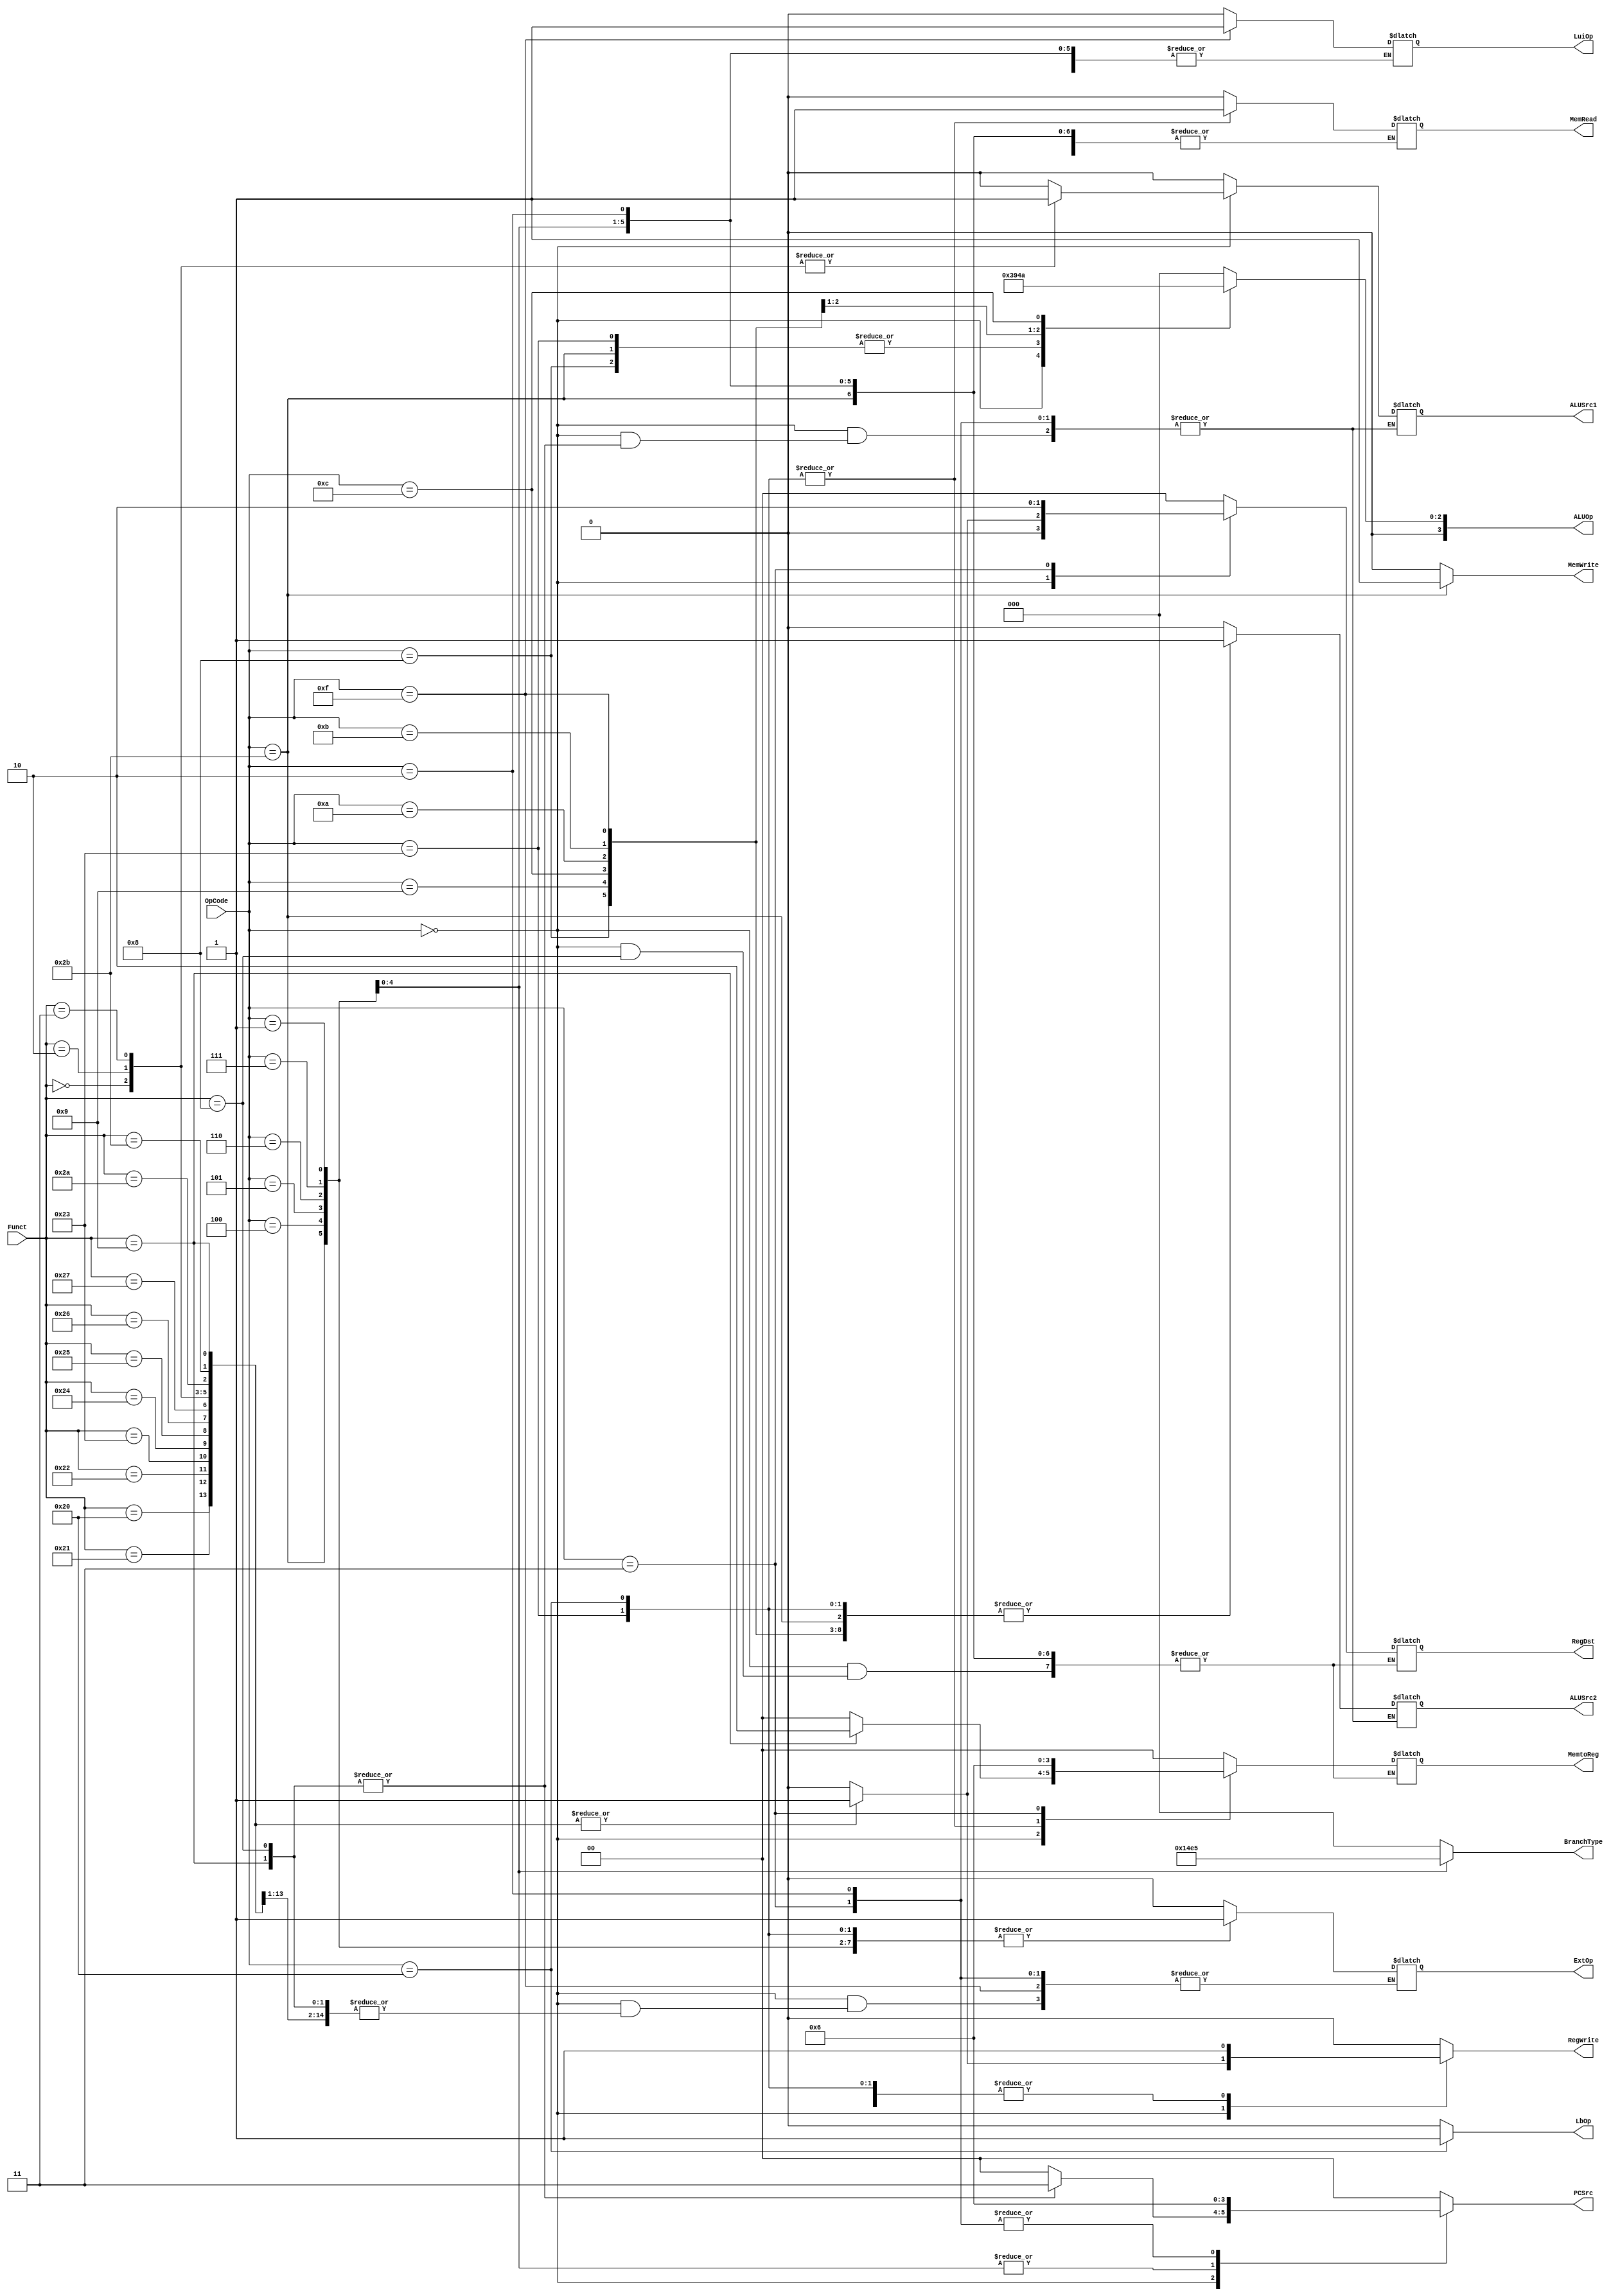

module Controller(OpCode, Funct,
                  PCSrc, BranchType, RegWrite, RegDst, 
                  MemRead, MemWrite, MemtoReg, 
                  ALUSrc1, ALUSrc2, ExtOp, LuiOp,ALUOp,LbOp);
    input [5:0] OpCode;
	input [5:0] Funct;
	output reg [1:0] PCSrc;
	output reg [2:0] BranchType;
	output reg RegWrite;
	output reg [1:0] RegDst;
	output reg MemRead;
	output reg MemWrite;
	output reg [1:0] MemtoReg;
	output reg ALUSrc1;
	output reg ALUSrc2;
	output reg ExtOp;
	output reg LuiOp;
	output reg LbOp;
    output reg [3:0] ALUOp;

initial begin
			PCSrc=2'b00;
			BranchType=3'b0;
			RegWrite=1'b0;
			RegDst=2'b00;
			MemRead=1'b0;
			MemWrite=1'b0;
			MemtoReg=2'b00;
			ALUSrc1=1'b0;
			ALUSrc2=1'b0;
			ExtOp=1'b0;
			LuiOp=1'b0;	
			LbOp=1'b0;
	end
	always @(*) begin
   		 case(OpCode)
			6'h00:begin
				case(Funct)
				//add
				6'h20:begin
					PCSrc=2'b00;
					BranchType=3'b0;
					RegWrite=1'b1;
					RegDst=2'b01;
					//MemRead=1'b0;
					MemWrite=1'b0;
					MemtoReg=2'b00;
					ALUSrc1=1'b0;
					ALUSrc2=1'b0;
					//ExtOp=1'b0;
					//LuiOp=1'b1;
					LbOp=1'b0;
					end
				//addu
				6'h21:begin
					PCSrc=2'b00;
					BranchType=3'b0;
					RegWrite=1'b1;
					RegDst=2'b01;
					//MemRead=1'b0;
					MemWrite=1'b0;
					MemtoReg=2'b00;
					ALUSrc1=1'b0;
					ALUSrc2=1'b0;
					//ExtOp=1'b0;
					//LuiOp=1'b0;
					LbOp=1'b0;
					end
				//sub
				6'h22:begin
					PCSrc=2'b00;
					BranchType=3'b0;
					RegWrite=1'b1;
					RegDst=2'b01;
					//MemRead=1'b0;
					MemWrite=1'b0;
					MemtoReg=2'b00;
					ALUSrc1=1'b0;
					ALUSrc2=1'b0;
					//ExtOp=1'b0;
					//LuiOp=1'b0;
					LbOp=1'b0;
					end
				//subu
				6'h23:begin
					PCSrc=2'b00;
					BranchType=3'b0;
					RegWrite=1'b1;
					RegDst=2'b01;
					//MemRead=1'b0;
					MemWrite=1'b0;
					MemtoReg=2'b00;
					ALUSrc1=1'b0;
					ALUSrc2=1'b0;
					//ExtOp=1'b0;
					//LuiOp=1'b0;
					LbOp=1'b0;
					end
				//and
				6'h24:begin
					PCSrc=2'b00;
					BranchType=3'b0;
					RegWrite=1'b1;
					RegDst=2'b01;
					//MemRead=1'b0;
					MemWrite=1'b0;
					MemtoReg=2'b00;
					ALUSrc1=1'b0;
					ALUSrc2=1'b0;
					//ExtOp=1'b0;
					//LuiOp=1'b0;
					LbOp=1'b0;
					end
				//or
				6'h25:begin
					PCSrc=2'b00;
					BranchType=3'b0;
					RegWrite=1'b1;
					RegDst=2'b01;
					//MemRead=1'b0;
					MemWrite=1'b0;
					MemtoReg=2'b00;
					ALUSrc1=1'b0;
					ALUSrc2=1'b0;
					//ExtOp=1'b0;
					//LuiOp=1'b0;
					LbOp=1'b0;
					end
				//xor
				6'h26:begin
					PCSrc=2'b00;
					BranchType=3'b0;
					RegWrite=1'b1;
					RegDst=2'b01;
					//MemRead=1'b0;
					MemWrite=1'b0;
					MemtoReg=2'b00;
					ALUSrc1=1'b0;
					ALUSrc2=1'b0;
					//ExtOp=1'b0;
					//LuiOp=1'b0;
					LbOp=1'b0;
					end
				//nor
				6'h27:begin
					PCSrc=2'b00;
					BranchType=3'b0;
					RegWrite=1'b1;
					RegDst=2'b01;
					//MemRead=1'b0;
					MemWrite=1'b0;
					MemtoReg=2'b00;
					ALUSrc1=1'b0;
					ALUSrc2=1'b0;
					//ExtOp=1'b0;
					//LuiOp=1'b0;
					LbOp=1'b0;
					end
				//sll
				6'h00:begin
					PCSrc=2'b00;
					BranchType=3'b0;
					RegWrite=1'b1;
					RegDst=2'b01;
					//MemRead=1'b0;
					MemWrite=1'b0;
					MemtoReg=2'b00;
					ALUSrc1=1'b1;
					ALUSrc2=1'b0;
					//ExtOp=1'b0;
					//LuiOp=1'b0;
					LbOp=1'b0;
					end
				//srl
				6'h02:begin
					PCSrc=2'b00;
					BranchType=3'b0;
					RegWrite=1'b1;
					RegDst=2'b01;
					//MemRead=1'b0;
					MemWrite=1'b0;
					MemtoReg=2'b00;
					ALUSrc1=1'b1;
					ALUSrc2=1'b0;
					//ExtOp=1'b0;
					//LuiOp=1'b0;
					LbOp=1'b0;
					end
				//sra
				6'h03:begin
					PCSrc=2'b00;
					BranchType=3'b0;
					RegWrite=1'b1;
					RegDst=2'b01;
					//MemRead=1'b0;
					MemWrite=1'b0;
					MemtoReg=2'b00;
					ALUSrc1=1'b1;
					ALUSrc2=1'b0;
					//ExtOp=1'b0;
					//LuiOp=1'b0;
					LbOp=1'b0;
					end
				//slt
				6'h2a:begin
					PCSrc=2'b00;
					BranchType=3'b0;
					RegWrite=1'b1;
					RegDst=2'b01;
					//MemRead=1'b0;
					MemWrite=1'b0;
					MemtoReg=2'b00;
					ALUSrc1=1'b0;
					ALUSrc2=1'b0;
					//ExtOp=1'b0;
					//LuiOp=1'b0;
					LbOp=1'b0;
					end
				//sltu
				6'h2b:begin
					PCSrc=2'b00;
					BranchType=3'b0;
					RegWrite=1'b1;
					RegDst=2'b01;
					//MemRead=1'b0;
					MemWrite=1'b0;
					MemtoReg=2'b00;
					ALUSrc1=1'b0;
					ALUSrc2=1'b0;
					//ExtOp=1'b0;
					//LuiOp=1'b0;
					LbOp=1'b0;
					end
				//jr
				6'h08:begin
					PCSrc=2'b11;
					BranchType=3'b0;
					RegWrite=1'b0;
					//RegDst=2'b00;
					//MemRead=1'b0;
					MemWrite=1'b0;
					//MemtoReg=2'b00;
					//ALUSrc1=1'b0;
					//ALUSrc2=1'b0;
					//ExtOp=1'b0;
					//LuiOp=1'b0;
					LbOp=1'b0;
					end
				//jalr
				6'h09:begin
					PCSrc=2'b11;
					BranchType=3'b0;
					RegWrite=1'b1;
					RegDst=2'b01;
					//MemRead=1'b0;
					MemWrite=1'b0;
					MemtoReg=2'b10;
					//ALUSrc1=1'b0;
					//ALUSrc2=1'b0;
					//ExtOp=1'b0;
					//LuiOp=1'b0;
					LbOp=1'b0;
					end
                 default:begin
                   PCSrc=2'b00;
                   BranchType=3'b0;
                   RegWrite=1'b0;
                   RegDst=2'b00;
                   MemRead=1'b0;
                   MemWrite=1'b0;
                   MemtoReg=2'b00;
                   ALUSrc1=1'b0;
                   ALUSrc2=1'b0;
                   ExtOp=1'b0;
                   LuiOp=1'b0;
                   LbOp=1'b0;
                end					
				endcase
				end
			//lw
			6'h23:begin
					PCSrc=2'b00;
					BranchType=3'b0;
					RegWrite=1'b1;
					RegDst=2'b00;
					MemRead=1'b1;
					MemWrite=1'b0;
					MemtoReg=2'b01;
					ALUSrc1=1'b0;
					ALUSrc2=1'b1;
					ExtOp=1'b1;
					LuiOp=1'b0;
					LbOp=1'b0;
				end
			//lb
			6'h20:begin
					PCSrc=2'b00;
					BranchType=3'b0;
					RegWrite=1'b1;
					RegDst=2'b00;
					MemRead=1'b1;
					MemWrite=1'b0;
					MemtoReg=2'b01;
					ALUSrc1=1'b0;
					ALUSrc2=1'b1;
					ExtOp=1'b1;
					LuiOp=1'b0;
					LbOp=1'b1;
				end
			//sw
			6'h2b:begin
					PCSrc=2'b00;
					BranchType=3'b0;
					RegWrite=1'b0;
					//RegDst=2'b01;
					//MemRead=1'b0;
					MemWrite=1'b1;
					//MemtoReg=2'b00;
					ALUSrc1=1'b0;
					ALUSrc2=1'b1;
					ExtOp=1'b1;
					LuiOp=1'b0;
					LbOp=1'b0;
				end
			//addi
			6'h08:begin
					PCSrc=2'b00;
					BranchType=3'b0;
					RegWrite=1'b1;
					RegDst=2'b00;
					//MemRead=1'b0;
					MemWrite=1'b0;
					MemtoReg=2'b00;
					ALUSrc1=1'b0;
					ALUSrc2=1'b1;
					ExtOp=1'b1;
					LuiOp=1'b0;
					LbOp=1'b0;
				end
			//addiu
			6'h09:begin
					PCSrc=2'b00;
					BranchType=3'b0;
					RegWrite=1'b1;
					RegDst=2'b00;
					//MemRead=1'b0;
					MemWrite=1'b0;
					MemtoReg=2'b00;
					ALUSrc1=1'b0;
					ALUSrc2=1'b1;
					ExtOp=1'b1;
					LuiOp=1'b0;
					LbOp=1'b0;
				end
			//andi
			6'h0c:begin
					PCSrc=2'b00;
					BranchType=3'b0;
					RegWrite=1'b1;
					RegDst=2'b00;
					//MemRead=1'b0;
					MemWrite=1'b0;
					MemtoReg=2'b00;
					ALUSrc1=1'b0;
					ALUSrc2=1'b1;
					ExtOp=1'b0;
					LuiOp=1'b0;
					LbOp=1'b0;
				end
			//slti
			6'h0a:begin
					PCSrc=2'b00;
					BranchType=3'b0;
					RegWrite=1'b1;
					RegDst=2'b00;
					//MemRead=1'b0;
					MemWrite=1'b0;
					MemtoReg=2'b00;
					ALUSrc1=1'b0;
					ALUSrc2=1'b1;
					ExtOp=1'b1;
					LuiOp=1'b0;
					LbOp=1'b0;
				end
			//sltiu
			6'h0b:begin
					PCSrc=2'b00;
					BranchType=3'b0;
					RegWrite=1'b1;
					RegDst=2'b00;
					//MemRead=1'b0;
					MemWrite=1'b0;
					MemtoReg=2'b00;
					ALUSrc1=1'b0;
					ALUSrc2=1'b1;
					ExtOp=1'b1;
					LuiOp=1'b0;
					LbOp=1'b0;
				end
			//beq
			6'h04:begin
					PCSrc=2'b01;
					BranchType=3'b001;
					RegWrite=1'b0;
					//RegDst=2'b00;
					//MemRead=1'b0;
					MemWrite=1'b0;
					//MemtoReg=2'b00;
					ALUSrc1=1'b0;
					ALUSrc2=1'b0;
					ExtOp=1'b1;
					//LuiOp=1'b0;
					LbOp=1'b0;
				end
            //bne
			6'h05:begin
					PCSrc=2'b01;
					BranchType=3'b010;
					RegWrite=1'b0;
					//RegDst=2'b00;
					//MemRead=1'b0;
					MemWrite=1'b0;
					//MemtoReg=2'b00;
					ALUSrc1=1'b0;
					ALUSrc2=1'b0;
					ExtOp=1'b1;
					//LuiOp=1'b0;
					LbOp=1'b0;
				end
            //blez
			6'h06:begin
					PCSrc=2'b01;
					BranchType=3'b011;
					RegWrite=1'b0;
					//RegDst=2'b00;
					//MemRead=1'b0;
					MemWrite=1'b0;
					//MemtoReg=2'b00;
					ALUSrc1=1'b0;
					ALUSrc2=1'b0;
					ExtOp=1'b1;
					//LuiOp=1'b0;
					LbOp=1'b0;
				end
            //bgtz
			6'h07:begin
					PCSrc=2'b01;
					BranchType=3'b100;
					RegWrite=1'b0;
					//RegDst=2'b00;
					//MemRead=1'b0;
					MemWrite=1'b0;
					//MemtoReg=2'b00;
					ALUSrc1=1'b0;
					ALUSrc2=1'b0;
					ExtOp=1'b1;
					//LuiOp=1'b0;
					LbOp=1'b0;
				end
            //bltz
			6'h01:begin
					PCSrc=2'b01;
					BranchType=3'b101;
					RegWrite=1'b0;
					//RegDst=2'b00;
					//MemRead=1'b0;
					MemWrite=1'b0;
					//MemtoReg=2'b00;
					ALUSrc1=1'b0;
					ALUSrc2=1'b0;
					ExtOp=1'b1;
					//LuiOp=1'b0;
					LbOp=1'b0;
				end
			//lui
			6'h0f:begin
					PCSrc=2'b00;
					BranchType=3'b0;
					RegWrite=1'b1;
					RegDst=2'b00;
					//MemRead=1'b0;
					MemWrite=1'b0;
					MemtoReg=2'b00;
					ALUSrc1=1'b0;
					ALUSrc2=1'b1;
					//ExtOp=1'b0;
					LuiOp=1'b1;
					LbOp=1'b0;
				end
			//j
			6'h02:begin
					PCSrc=2'b10;
					BranchType=3'b0;
					RegWrite=1'b0;
					//RegDst=2'b00;
					//MemRead=1'b0;
					MemWrite=1'b0;
					//MemtoReg=2'b00;
					//ALUSrc1=1'b0;
					//ALUSrc2=1'b1;
					//ExtOp=1'b0;
					//LuiOp=1'b0;
					LbOp=1'b0;
				end
			//jal
			6'h03:begin
					PCSrc=2'b10;
					BranchType=3'b0;
					RegWrite=1'b1;
					RegDst=2'b10;
					//MemRead=1'b0;
					MemWrite=1'b0;
					MemtoReg=2'b10;
					//ALUSrc1=1'b0;
					//ALUSrc2=1'b1;
					//ExtOp=1'b0;
					//LuiOp=1'b0;
					LbOp=1'b0;
				end
			default:begin
					PCSrc=2'b00;
					BranchType=3'b0;
					RegWrite=1'b0;
					RegDst=2'b00;
					MemRead=1'b0;
					MemWrite=1'b0;
					MemtoReg=2'b00;
					ALUSrc1=1'b0;
					ALUSrc2=1'b0;
					ExtOp=1'b0;
					LuiOp=1'b0;
					LbOp=1'b0;
					end
			endcase
		end
		
	



 
    always @(*) 
    begin
        
            case(OpCode)
                6'h0:ALUOp<=4'b0011;// R-type
                6'h09:ALUOp<=4'b0;//addiu
                6'h08,6'h23,6'h2b:ALUOp<=4'b0100;//addi,lw,sw
                6'h0a:ALUOp<=4'b0101;//slti
                6'h0b:ALUOp<=4'b0001;//sltiu
                6'h0c:ALUOp<=4'b0010;//andi
                default:ALUOp<=4'b0; 
            endcase

    end







	
endmodule